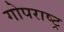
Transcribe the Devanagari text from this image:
गोपराष्ट्र